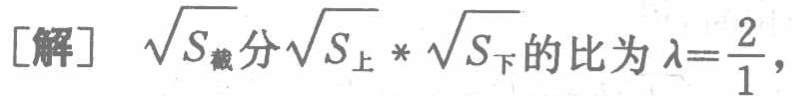
[解] $\sqrt{S_{截分}}\sqrt{S_{上}}*\sqrt{S_{下}}$的比为$\lambda = \frac{2}{1},$